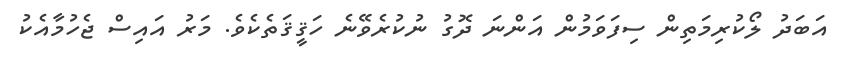
އަބަދު ލޯކުރިމަތިން ސިފަވަމުން އަންނަ ދޮގު ނުކުރެވޭނެ ހަޤީޤަތެކެވެ. މަރު އައިސް ޖެހުމާއެކު